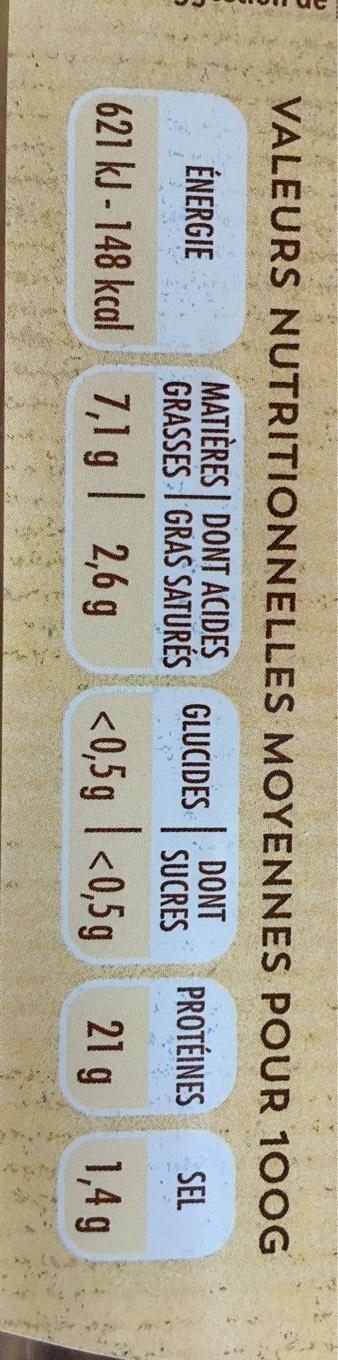
VALEURS
NUTRITIONNELLES
ÉNERGIE
MATIÈRES DONT ACIDES
GRASSES GRAS SATURÉS
621 kJ-148 kcal 7,1 g 2,6 g
MOYENNES POUR 100G
GLUCIDES
DONT SUCRES
PROTÉINES
SEL
<0,5 g <0,5g
21 g 1,4 g